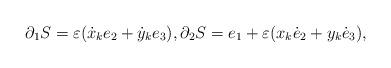
LaTeX: \begin{align*} \partial_1S = \varepsilon(\dot x_ke_2+\dot y_ke_3), \partial_2S = e_1+\varepsilon(x_k\dot e_2+y_k\dot e_3), \end{align*}